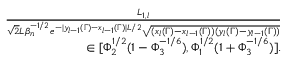
\begin{array} { r l r } & { } & { \frac { L _ { 1 , l } } { \sqrt { 2 } L \beta _ { n } ^ { - 1 \slash 2 } e ^ { - | y _ { l - 1 } ( \Gamma ) - x _ { l - 1 } ( \Gamma ) | L \slash 2 } \sqrt { ( x _ { l } ( \Gamma ) - x _ { l - 1 } ( \Gamma ) ) ( y _ { l } ( \Gamma ) - y _ { l - 1 } ( \Gamma ) ) } } } \\ & { } & { \in [ \Phi _ { 2 } ^ { 1 \slash 2 } ( 1 - \Phi _ { 3 } ^ { - 1 \slash 6 } ) , \Phi _ { 1 } ^ { 1 \slash 2 } ( 1 + \Phi _ { 3 } ^ { - 1 \slash 6 } ) ] . } \end{array}